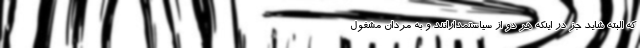
که البته شاید جز در اینکه هر دو از سیاستمدارانند و به مردان مشغول